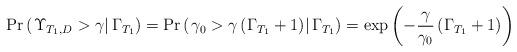
LaTeX: \begin{align*}\Pr \left( {\left. {{\Upsilon _{{T_1},D}} > \gamma } \right|{\Gamma _{{T_1}}}} \right) = \Pr \left( {\left. {{\gamma _0} > \gamma \left( {{\Gamma _{{T_1}}} + 1} \right)} \right|{\Gamma _{{T_1}}}} \right) = \exp \left( { - \frac{\gamma }{{{\gamma _0}}}\left( {{\Gamma _{{T_1}}} + 1} \right)} \right)\end{align*}